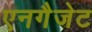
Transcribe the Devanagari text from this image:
एनगैजेट